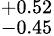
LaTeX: ^{+0.52}_{-0.45}